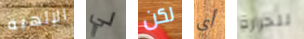
الإلهية لي لكن أي للحرارة